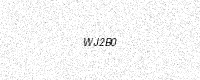
Text: WJ2B0